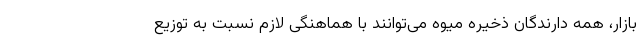
بازار، همه دارندگان ذخیره میوه می‌توانند با هماهنگی لازم نسبت به توزیع